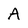
Character: A